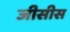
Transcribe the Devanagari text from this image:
जीसीस